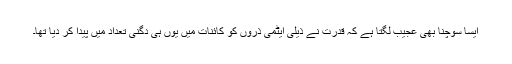
ایسا سوچنا بھی عجیب لگتا ہے کہ قدرت نے ذیلی ایٹمی ذرّوں کو کائنات میں یوں ہی دگنی تعداد میں پیدا کر دیا تھا۔